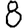
Digit: 8